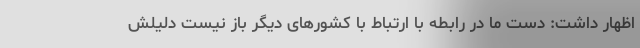
اظهار داشت: دست ما در رابطه با ارتباط با کشورهای دیگر باز نیست دلیلش